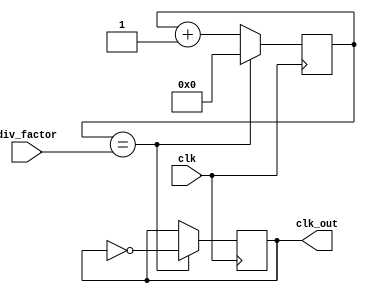
module clock_divider (
    input wire clk,
    input wire [7:0] div_factor,
    output reg clk_out
);

reg [7:0] counter;

always @(posedge clk) begin
    if (counter == div_factor) begin
        counter <= 0;
        clk_out <= ~clk_out;
    end else begin
        counter <= counter + 1;
    end
end

endmodule